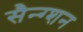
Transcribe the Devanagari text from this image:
सैन्ग्शन